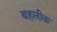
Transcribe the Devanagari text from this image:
बहलीक